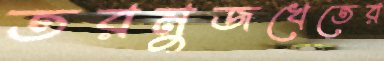
তরমুজখেতের